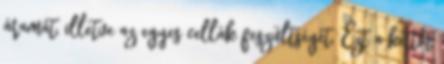
áramát, illetve az egyes cellák feszültségét. Ezt a kettőt